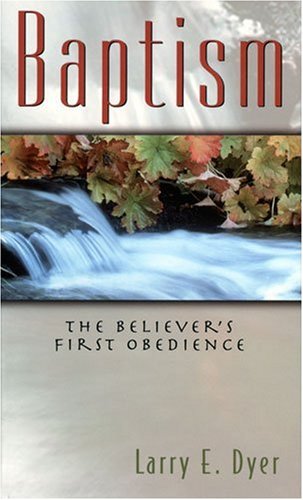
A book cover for Baptism: The Believer's First Obedience; Larry Dyer; Christian Books & Bibles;